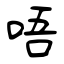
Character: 唔